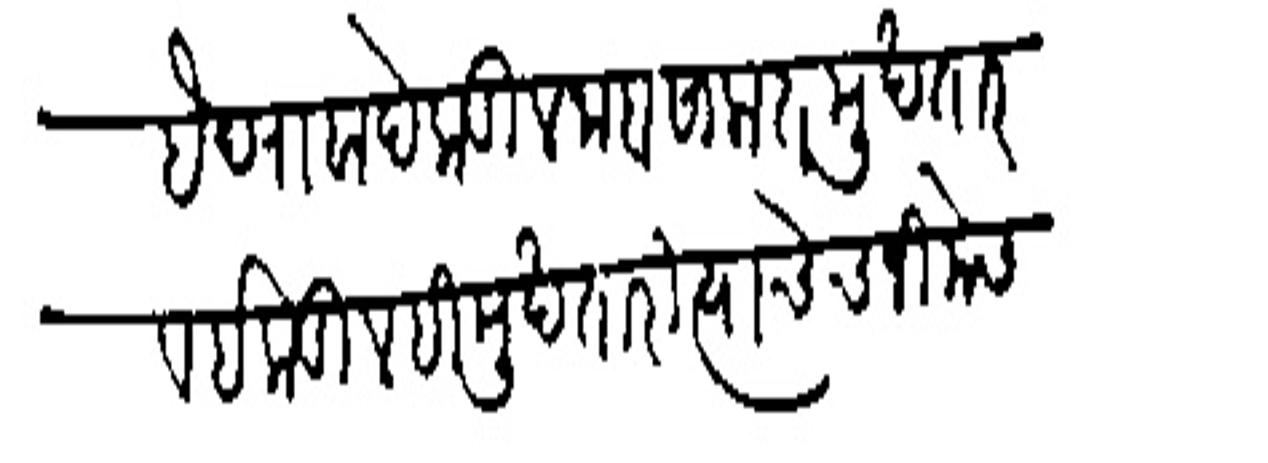
Transliteration (Devanagari): हेदराबादेकडील जाबसालात मुखतार व इकडीलही मुखतारी त्याचेच जिमेस